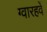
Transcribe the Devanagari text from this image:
ग्वारहवें